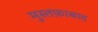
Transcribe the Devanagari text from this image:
मुस्तफ़ाबाद